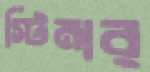
স্টিমার